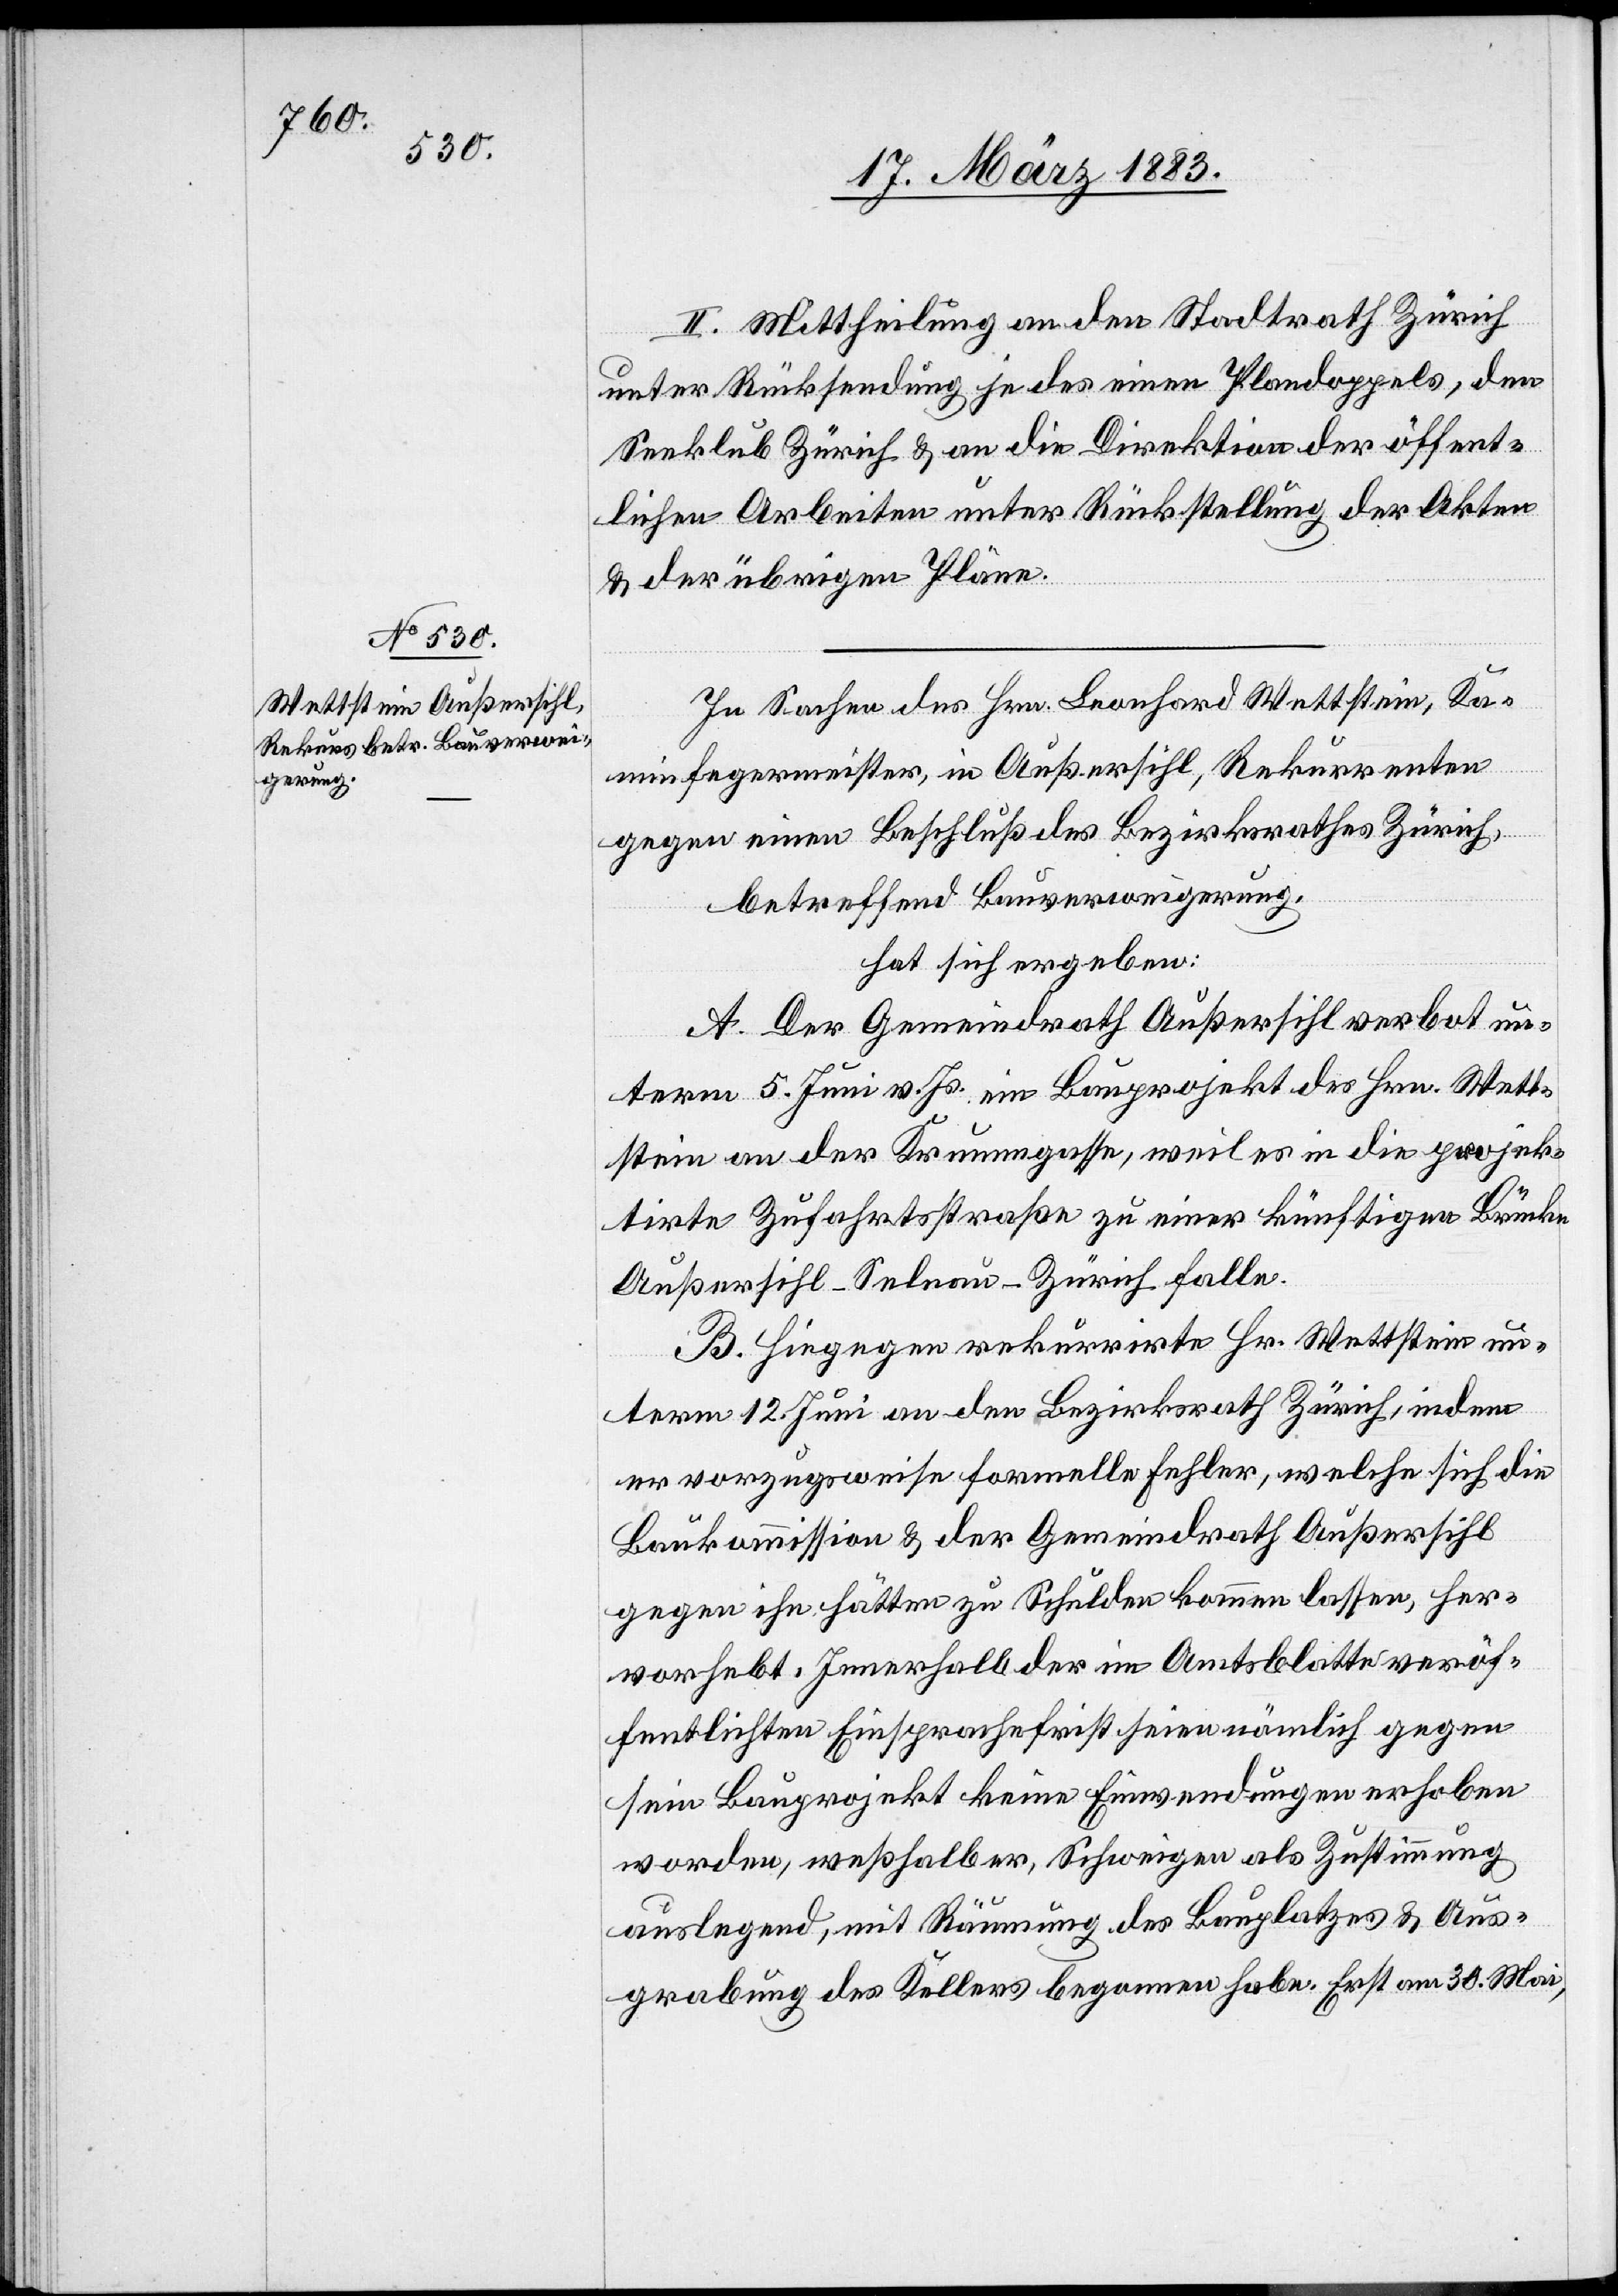
II. Mittheilung an den Stadtrath Zürich
unter Rücksendung je des einen Plandoppels, den
Seeklub Zürich & an die Direktion der öffent¬
lichen Arbeiten unter Rückstellung der Akten
& der übrigen Pläne.
In Sachen des Hrn. Leonhard Wettstein, Ka¬
minfegermeister, in Außersihl, Rekurrenten
gegen einen Beschluß des Bezirksrathes Zürich,
betreffend Bauverweigerung,
hat sich ergeben:
A. Der Gemeindrath Außersihl verbot un¬
term 5. Juni v. Js. ein Bauprojekt des Hrn. Wett¬
stein an der Krummgasse, weil es in die projek¬
tirte Zufahrtsstraße zu einer künftigen Brücke
Außersihl–Selnau–Zürich falle.
B. Hiegegen rekurrirte Hr. Wettstein un¬
term 12. Juni an den Bezirksrath Zürich, indem
er vorzugsweise formelle Fehler, welche sich die
Baukommission & der Gemeindrath Außersihl
gegen ihn hätten zu Schulden kommen lassen, her¬
vorhebt. Innerhalb der im Amtsblatt veröf¬
fentlichten Einsprachefrist seien nämlich gegen
sein Bauprojekt keine Einwendungen erhoben
worden, weßhalb er, Schweigen als Zustimmung
auslegend, mit Räumung des Bauplatzes & Aus¬
grabung des Kellers begonnen habe. Erst am 30. Mai,